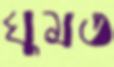
ঘুমত